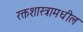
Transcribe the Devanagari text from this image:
रक्तशास्त्रामधील